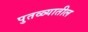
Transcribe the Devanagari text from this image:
पुतळ्यातील